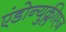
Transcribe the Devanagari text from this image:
एंडोन्युक्लीएज